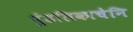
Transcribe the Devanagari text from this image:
पुंडलिकाचेनि